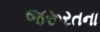
જરૂરતના